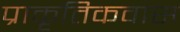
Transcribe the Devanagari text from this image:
प्राकृतिकवास